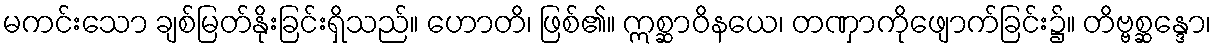
မကင်းသော ချစ်မြတ်နိုးခြင်းရှိသည်။ ဟောတိ၊ ဖြစ်၏။ ဣစ္ဆာဝိနယေ၊ တဏှာကိုဖျောက်ခြင်း၌။ တိဗ္ဗစ္ဆန္ဒော၊